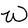
Character: W